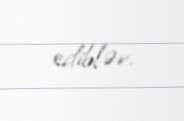
ediblər.